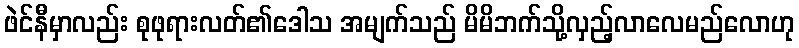
ဖဲင်နီမှာလည်း စုဖုရားလတ်၏ဒေါသ အမျက်သည် မိမိဘက်သို့လှည့်လာလေမည်လောဟု